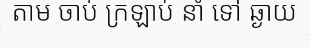
តាម ចាប់ ក្រឡាប់ នាំ ទៅ ឆ្ងាយ